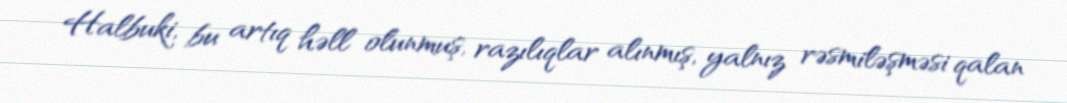
Halbuki, bu artıq həll olunmuş, razılıqlar alınmış, yalnız rəsmiləşməsi qalan